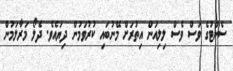
ސެންޓުގެ ވަސް ވެސް ލިލިއަން އިތުރަށް މޭނުބައި ކުރުވަމުން ދިޔައެވެ. ދެލޯ މަރާލަމުން